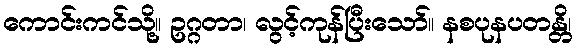
ကောင်းကင်သို့။ ဥဂ္ဂတာ၊ လွင့်ကုန်ပြီးသော်။ နစပုနပတန္တိ၊